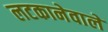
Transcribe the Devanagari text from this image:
लटकानेवाले